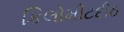
કિલોમીટદીઠ